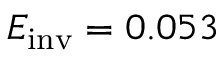
E _ { \mathrm { i n v } } = 0 . 0 5 3